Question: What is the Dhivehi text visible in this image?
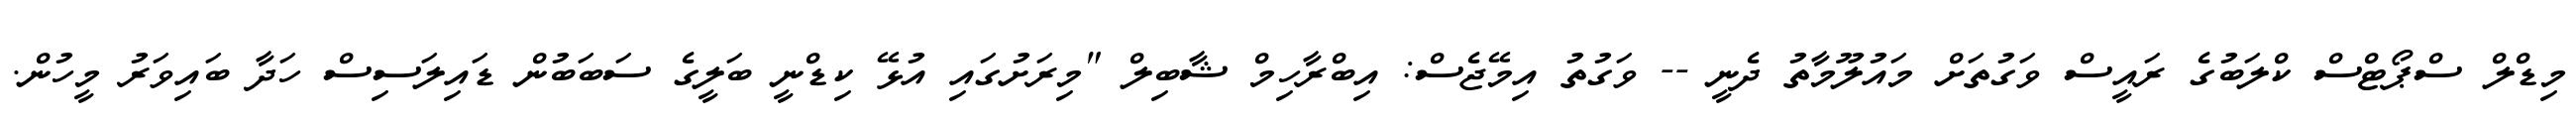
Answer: މިޑްލް ސްޕޯޓްސް ކްލަބުގެ ރައީސް ވަގުތަށް މައުލޫމާތު ދެނީ -- ވަގުތު އިމޭޖެސް: އިބްރާހިމް ޝާބިލް "މިރަށުގައި އުޅޭ ކިޑްނީ ބަލީގެ ސަބަބުން ޑައިލަސިސް ހަދާ ބައިވަރު މީހުން.